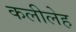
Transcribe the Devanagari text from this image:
कलीलेह